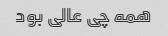
همه چی عالی بود